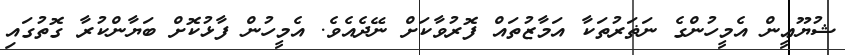
ޝުޔޫޢީން އެމީހުންގެ ނަޡަރުތަކާ އަމާޒުތައް ފޮރުވާކަށް ނޭދެއެވެ. އެމީހުން ފާޅުކޮށް ބަޔާންކުރާ ގޮތުގައި